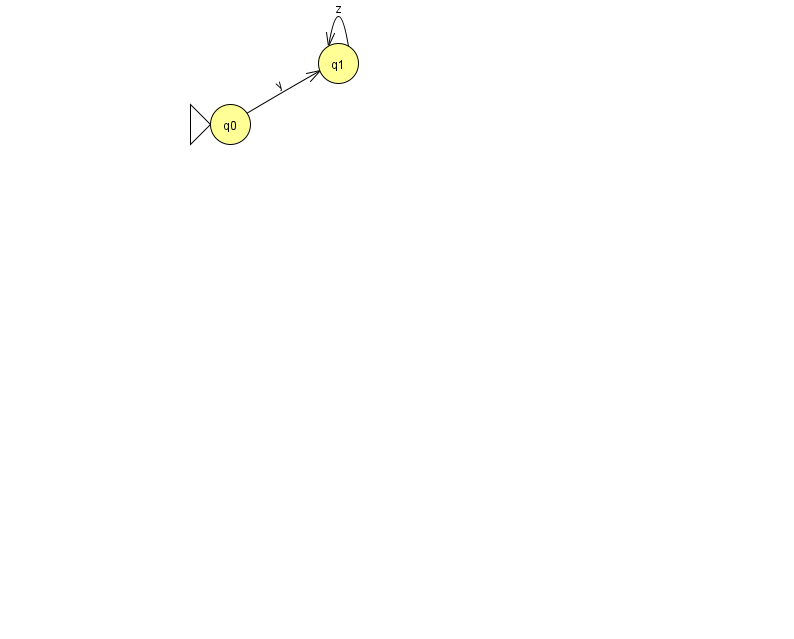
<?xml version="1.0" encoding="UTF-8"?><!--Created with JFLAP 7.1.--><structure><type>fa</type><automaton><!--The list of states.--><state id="0" name="q0"><x>230.0</x><y>111.0</y><initial/></state><state id="1" name="q1"><x>338.0</x><y>50.0</y></state><!--The list of transitions.--><transition><from>1</from><to>1</to><read>z</read></transition><transition><from>0</from><to>1</to><read>y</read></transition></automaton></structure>